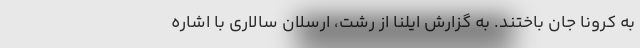
به کرونا جان باختند. به گزارش ایلنا از رشت، ارسلان سالاری با اشاره